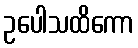
ဥပေါသထိကော